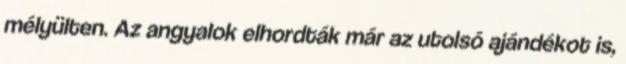
mélyülten. Az angyalok elhordták már az utolsó ajándékot is,